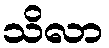
သိလာ